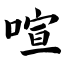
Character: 喧